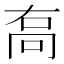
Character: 𠳮